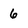
Character: 6